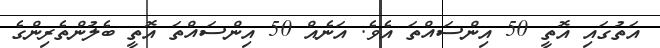
އަތުގައި އޮތީ 50 އިންސައްތަ އެވެ. އަނެއް 50 އިންސައްތަ އޮތީ ބެލުންތެރިންގެ